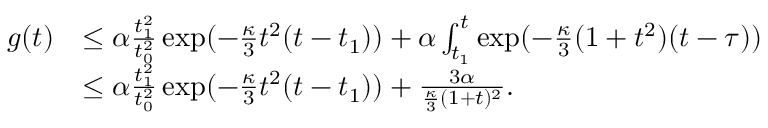
\begin{array} { r l } { g ( t ) } & { \le \alpha \frac { t _ { 1 } ^ { 2 } } { t _ { 0 } ^ { 2 } } \exp ( - \frac \kappa 3 t ^ { 2 } ( t - t _ { 1 } ) ) + \alpha \int _ { t _ { 1 } } ^ { t } \exp ( - \frac \kappa 3 ( 1 + t ^ { 2 } ) ( t - \tau ) ) } \\ & { \le \alpha \frac { t _ { 1 } ^ { 2 } } { t _ { 0 } ^ { 2 } } \exp ( - \frac \kappa 3 t ^ { 2 } ( t - t _ { 1 } ) ) + \frac { 3 \alpha } { \frac \kappa 3 ( 1 + t ) ^ { 2 } } . } \end{array}